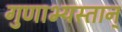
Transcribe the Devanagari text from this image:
गुणाभ्यस्तान्